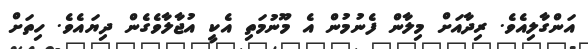
އަންގާލިއެވެ. ރިދާއަށް މިލާން ފެނުމުން އެ މޫނުމަތި އެކީ އުޖާލާވެގެން ދިޔައެވެ. ހިތަށް